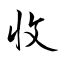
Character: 收